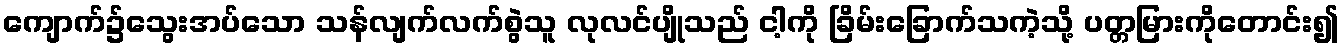
ကျောက်၌သွေးအပ်သော သန်လျက်လက်စွဲသူ လုလင်ပျိုသည် ငါ့ကို ခြိမ်းခြောက်သကဲ့သို့ ပတ္တမြားကိုတောင်း၍